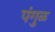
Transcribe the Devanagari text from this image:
पंगुळ